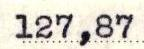
127,87